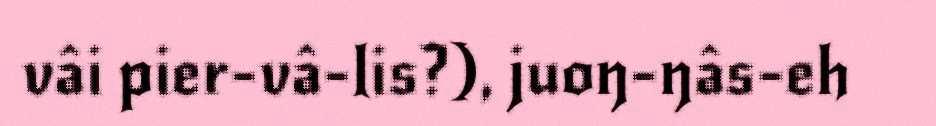
vâi pier-vâ-lis?), juoŋ-ŋâs-eh